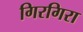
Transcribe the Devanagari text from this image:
गिरगिरा